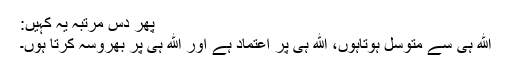
پھر دس مرتبہ یہ کہیں:
الله ہی سے متوسل ہوتاہوں، الله ہی پر اعتماد ہے اور الله ہی پر بھروسہ کرتا ہوں۔